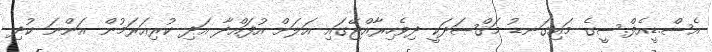
އެސް.ޑީއެފް.ސީގެ މައިގަނޑު މަޤްޞަދަކީ ދިވެހިރާއްޖޭގައި އަލަށް އުފައްދާ އަދި ކުރިއަރަމުން އަންނަ ކުދި